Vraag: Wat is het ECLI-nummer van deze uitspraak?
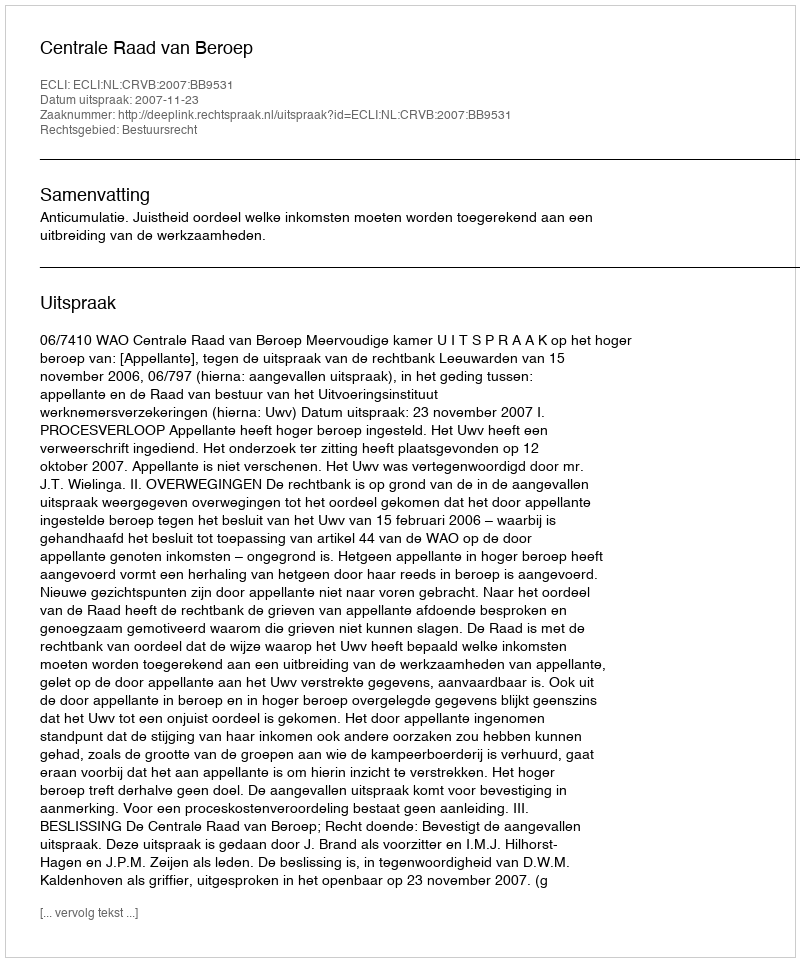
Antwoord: ECLI:NL:CRVB:2007:BB9531